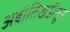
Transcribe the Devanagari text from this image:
अबीतिखडीतून